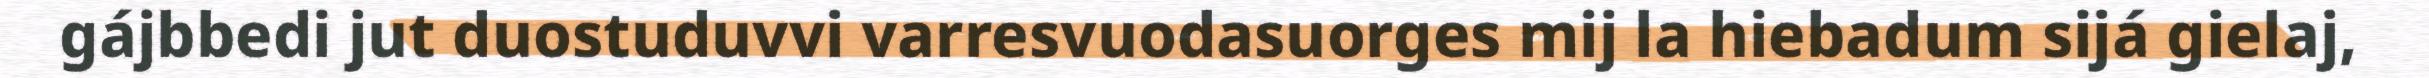
gájbbedi jut duostuduvvi varresvuodasuorges mij la hiebadum sijá gielaj,